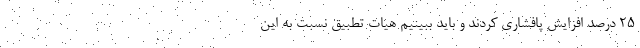
۲۵ درصد افزایش پافشاری کردند و باید ببینیم هیات تطبیق نسبت به این